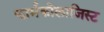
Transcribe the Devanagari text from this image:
फार्मकोलाजिस्ट